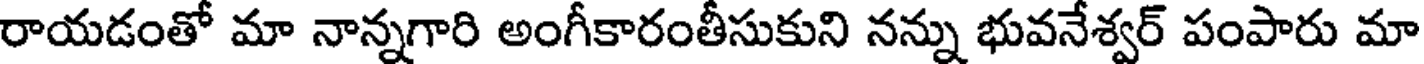
రాయడంతో మా నాన్నగారి అంగీకారంతీసుకుని నన్ను భువనేశ్వర్ పంపారు మా